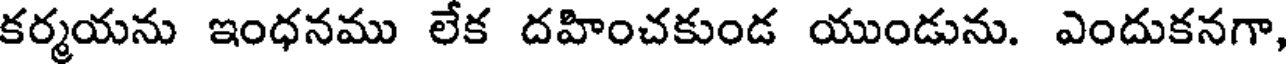
కర్మయను ఇంధనము లేక దహించకుండ యుండును. ఎందుకనగా